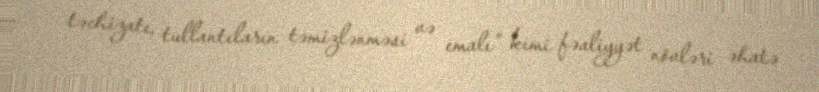
təchizatı, tullantıların təmizlənməsi və emalı” kimi fəaliyyət növləri əhatə